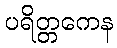
ပရိတ္တကေန